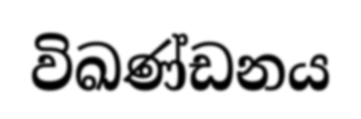
විඛණ්ඩනය